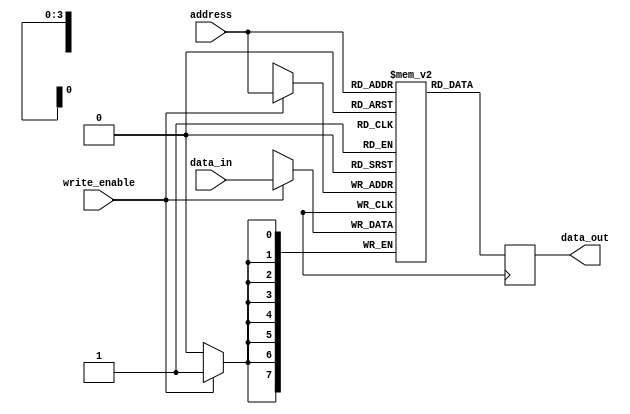
module register_file(
  input wire [7:0] data_in,
  input wire write_enable,
  input wire [3:0] address,
  output wire [7:0] data_out
);

reg [7:0] registers [15:0]; // array of registers
reg [7:0] selected_register; // selected register data

always @ (posedge clk) begin
  if (write_enable) begin
    registers[address] <= data_in;
  end
  selected_register <= registers[address];
end

assign data_out = selected_register;

endmodule